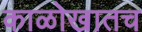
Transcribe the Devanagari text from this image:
काळोखातच